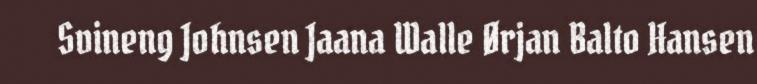
Svineng Johnsen Jaana Walle Ørjan Balto Hansen